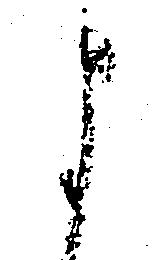
よ